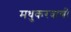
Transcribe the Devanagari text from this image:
मधुकरवाणी